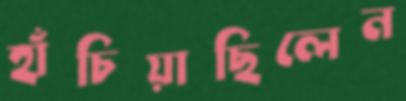
হাঁচিয়াছিলেন